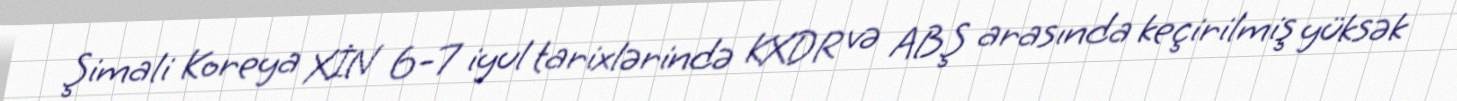
Şimali Koreya XİN 6-7 iyul tarixlərində KXDR və ABŞ arasında keçirilmiş yüksək